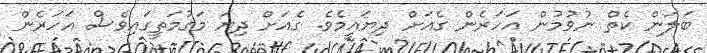
ބަލަން ކެތް ނުވުމުން އަހަރެން ގެއަށް ދިޔައީމެވެ. ގެއަށް ދިޔަ މަގުމަތީގައިވެސް އަހަރެން